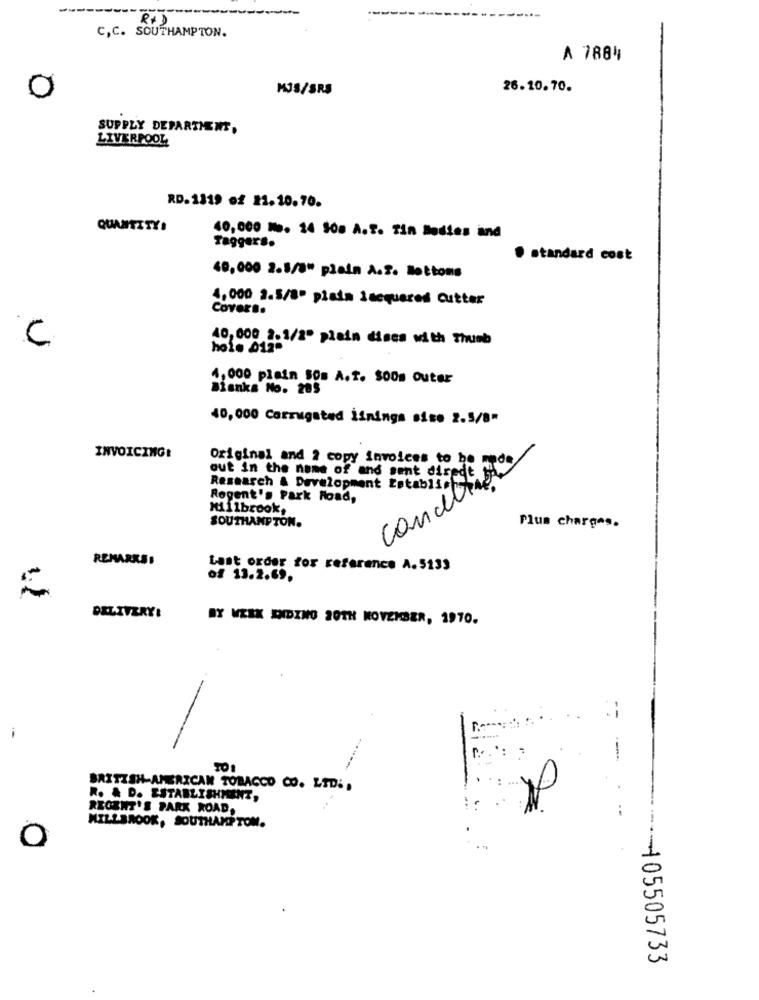
C,C. SOUTHAMPTON.
A 7884
0
MJS/SRS
26.10.70.
SUPPLY DEPARTMENT,
LIVERPOOL
RD. 1319 of 22.10.70.
QUANTITY:
40,000 No. 14 500 A.T. Tin Bodies and
Taggers.
· standard cost
60,000 2.1/3" plain A.2. Motions
4,000 2.5/8" plata lacquered Cutter
Covers.
C
40, 000 2.1/2" plain dises with Thumb
hole 012.
4,000 plain 50s A.T. $00m Outer
Bianka No. 285
40, 000 Corrugated İlnings sise 2.5/8"
INVOICING!
Original and 2 copy invoices to be
out in the name of and sent direct
Research & Development Łatabis.Fr
Regent's Park Road,
Millbrook,
SOUTHAMPTON.
Plus charges.
REMARKED
Last order for reference A.5133
of 13.2.69.
DELIVERY:
BY WEEK EIDING 30TH NOVEMBER, 1970.
--
--
BRITISH-AMERICAN TOBACCO CO. LTD ..
R. A D. ESTABLISHMENT,
REGENT'S PARK ROAD.
MILLBROOK, SOUTHAMPTOM.
O
--- 05505733